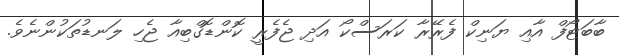
ބާބަޓޯފް އާއި ޔަނިކް ފެރޭރާ ކަރަސްކޯ އަދި ޖެފެރީ ކޮންޑޮގްބިއާ ޖެހި ލަނޑުތަކުންނެވެ.